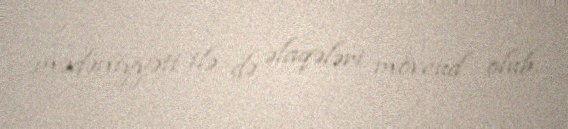
mədəniyyəti ilə də əlaqələri mövcud olub.